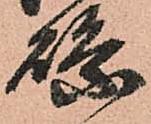
縣